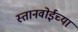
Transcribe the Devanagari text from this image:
स्तानवोईच्या